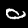
Label: 0